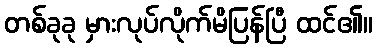
တစ်ခုခု မှားလုပ်လိုက်မိပြန်ပြီ ထင်၏။